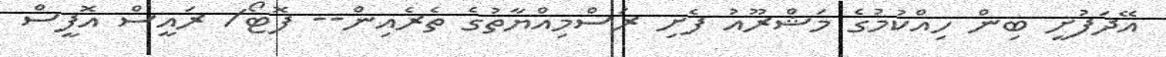
އޭދަފުށީ ބިން ހިއްކުމުގެ މަޝްރޫއު ފެށި ރަސްމިއްޔާތުގެ ތެރެއިން-- ފޮޓޯ/ ރައީސް އޮފީސް